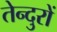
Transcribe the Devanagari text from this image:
तेन्दुरों